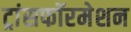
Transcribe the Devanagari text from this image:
ट्रांसफॉरमेशन